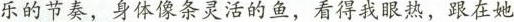
乐的节奏，身体像条灵活的鱼，看得我联热，跟在她